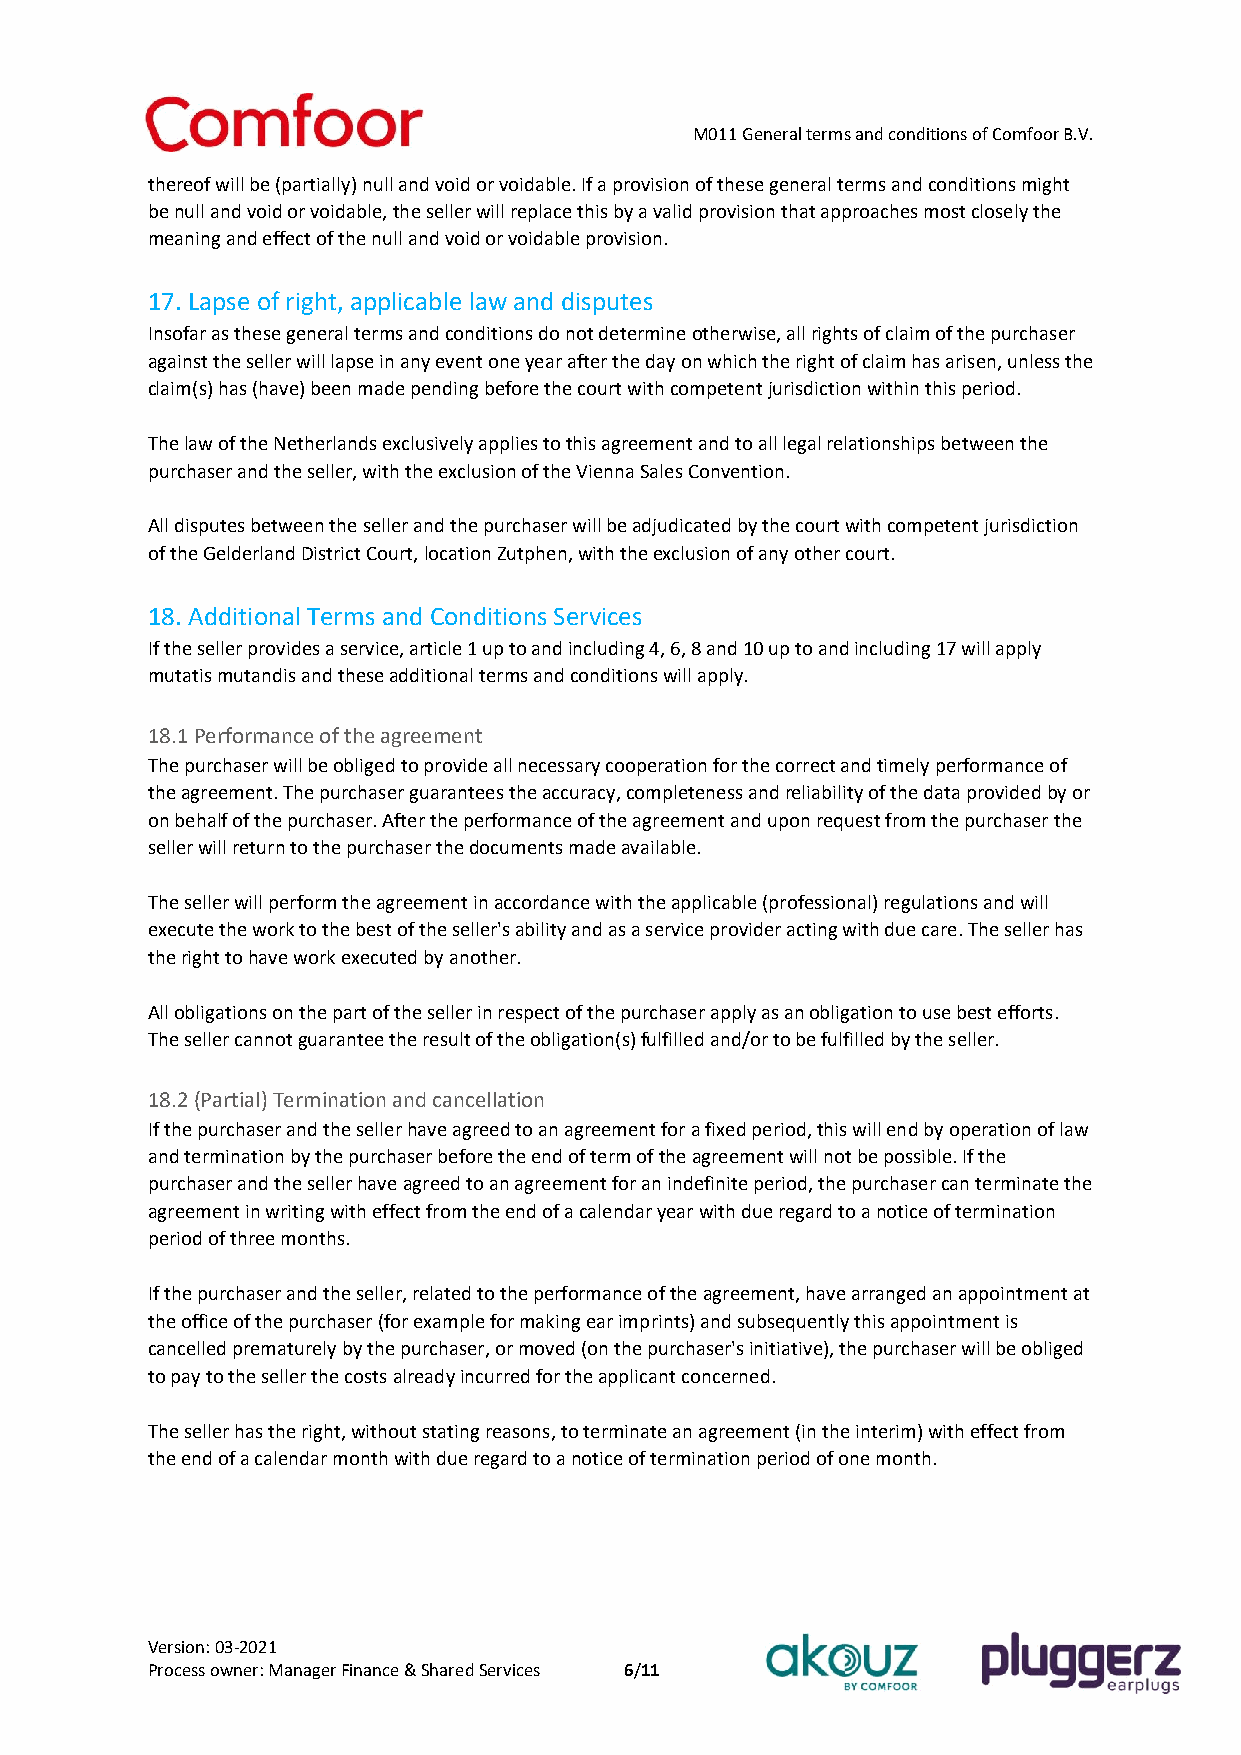
M011 General terms and conditions of Comfoor B.V.
 thereof will be (partially) null and void or voidable. If a provision of these general terms and conditions might
 be null and void or voidable, the seller will replace this by a valid provision that approaches most closely the
 meaning and effect of the null and void or voidable provision.
 17. Lapse of right, applicable law and disputes
 Insofar as these general terms and conditions do not determine otherwise, all rights of claim of the purchaser
 against the seller will lapse in any event one year after the day on which the right of claim has arisen, unless the
 claim(s) has (have) been made pending before the court with competent jurisdiction within this period.
 The law of the Netherlands exclusively applies to this agreement and to all legal relationships between the
 purchaser and the seller, with the exclusion of the Vienna Sales Convention.
 All disputes between the seller and the purchaser will be adjudicated by the court with competent jurisdiction
 of the Gelderland District Court, location Zutphen, with the exclusion of any other court.
 18. Additional Terms and Conditions Services
 If the seller provides a service, article 1 up to and including 4, 6, 8 and 10 up to and including 17 will apply
 mutatis mutandis and these additional terms and conditions will apply.
 18.1 Performance of the agreement
 The purchaser will be obliged to provide all necessary cooperation for the correct and timely performance of
 the agreement. The purchaser guarantees the accuracy, completeness and reliability of the data provided by or
 on behalf of the purchaser. After the performance of the agreement and upon request from the purchaser the
 seller will return to the purchaser the documents made available.
 The seller will perform the agreement in accordance with the applicable (professional) regulations and will
 execute the work to the best of the seller's ability and as a service provider acting with due care. The seller has
 the right to have work executed by another.
 All obligations on the part of the seller in respect of the purchaser apply as an obligation to use best efforts.
 The seller cannot guarantee the result of the obligation(s) fulfilled and/or to be fulfilled by the seller.
 18.2 (Partial) Termination and cancellation
 If the purchaser and the seller have agreed to an agreement for a fixed period, this will end by operation of law
 and termination by the purchaser before the end of term of the agreement will not be possible. If the
 purchaser and the seller have agreed to an agreement for an indefinite period, the purchaser can terminate the
 agreement in writing with effect from the end of a calendar year with due regard to a notice of termination
 period of three months.
 If the purchaser and the seller, related to the performance of the agreement, have arranged an appointment at
 the office of the purchaser (for example for making ear imprints) and subsequently this appointment is
 cancelled prematurely by the purchaser, or moved (on the purchaser's initiative), the purchaser will be obliged
 to pay to the seller the costs already incurred for the applicant concerned.
 The seller has the right, without stating reasons, to terminate an agreement (in the interim) with effect from
 the end of a calendar month with due regard to a notice of termination period of one month.
 Version: 03-2021
 Process owner: Manager Finance & Shared Services 6/11